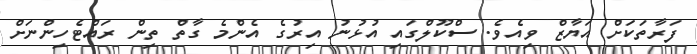
ފަރާތަކަށް އަޔާޒް ވިއެވެ. ސްކޫލްގައި އުޅުނު އިރުގެ އެންމެ ގާތް ތިން ރައްޓެހިންނަށް